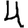
Digit: 4